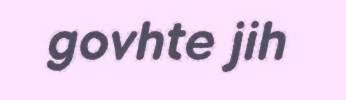
govhte jih